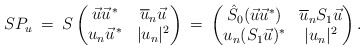
\begin{align*} SP_{u} \:=\: S \begin{pmatrix} \vec{u} \vec{u}^{\,*} & \overline{u}_{n} \vec{u} \\ u_{n} \vec{u}^{\,*} & |u_{n}|^{2} \end{pmatrix} \: = \: \begin{pmatrix} \hat{S}_{0}(\vec{u} \vec{u}^{*}) & \overline{u}_{n} S_{1} \vec{u} \\ u_{n} ( S_{1} \vec{u} )^{*} & |u_{n}|^{2} \end{pmatrix}.\end{align*}